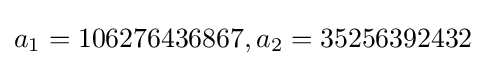
a_{1}=106276436867,a_{2}=35256392432